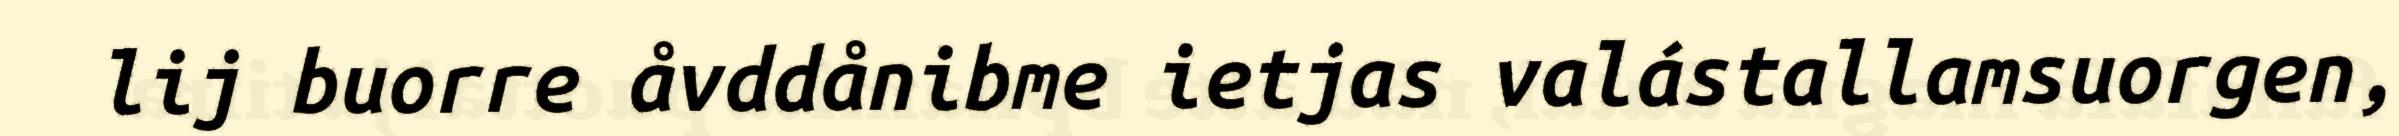
lij buorre åvddånibme ietjas valástallamsuorgen,